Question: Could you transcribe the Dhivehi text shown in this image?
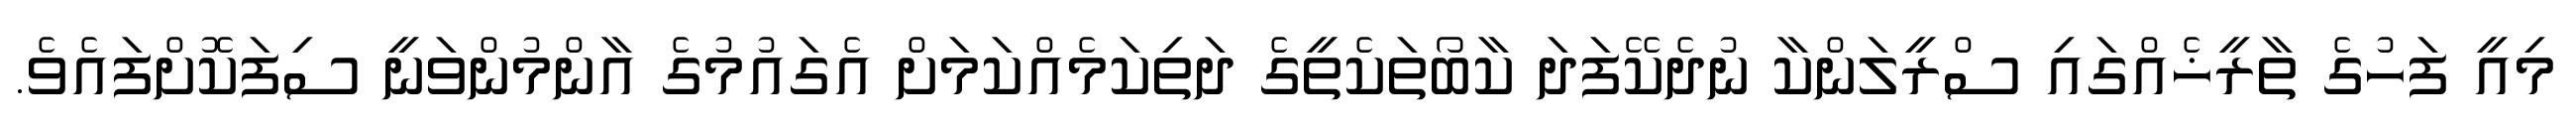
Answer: މިއީ ފަހުގެ ތާރީޚެއްގައި ސްރީލަންކާ ނުދެކޭފަދަ ކާބޯތަކެތީގެ ދަތިކަމެއްކަމަށް އެގައުމުގެ އާންމުންވަނީ ސިފަކޮށްފައެވެ.